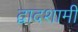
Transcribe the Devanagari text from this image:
द्वादशामी